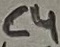
Text: C4